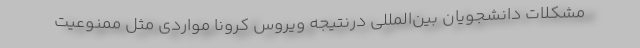
مشکلات دانشجویان بین‌المللی درنتیجه ویروس کرونا مواردی مثل ممنوعیت